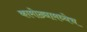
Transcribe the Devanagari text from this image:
कामोठ्यामध्येच